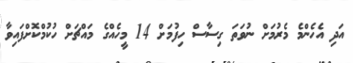
އަދި އެހެންމެ މެރުމަށް ނުވަތަ ގިސާސް ހިފުމަށް 14 މީހެއްގެ މައްޗަށް ހުކުމްކޮށްފައިވާ